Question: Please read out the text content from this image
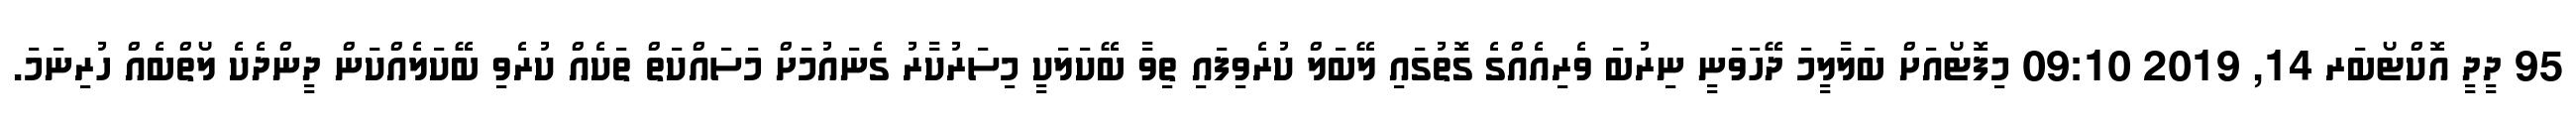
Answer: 95 ދީދީ އޮކްޓޯބަރ 14, 2019 09:10 މިފޮޓޯއަށް ބަލާލީމަ ދޭހަވަނީ ނިރުބަ ވެރިއެއްގެ ގޮތުގައި ލޭބަލް ކުރެވިފައި ތިވާ ބޭކަލަކީ މިސަރުކާރު ގެނައުމަށް މަސައްކަތް ތަކެއް ކުރެވި ބޭކަލެއްކަން ދީންދެކެ ލޯތްބެއް ހުރިނަމަ.